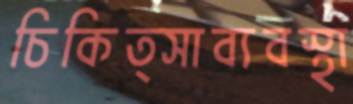
চিকিত্সাব্যবস্থা